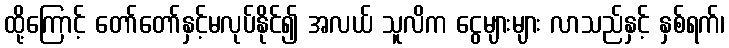
ထို့ကြောင့် တော်တော်နှင့်မလုပ်နိုင်၍ အလယ် သူလိက ငွေများများ လာသည်နှင့် နှစ်ရက်၊